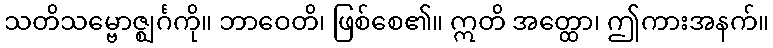
သတိသမ္ဗောဇ္ဈင်္ဂကို။ ဘာဝေတိ၊ ဖြစ်စေ၏။ ဣတိ အတ္ထော၊ ဤကားအနက်။